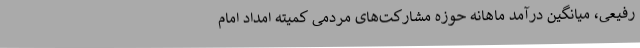
رفیعی، میانگین درآمد ماهانه حوزه مشارکت‌های مردمی کمیته امداد امام